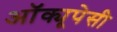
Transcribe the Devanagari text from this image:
अॉक्यूपेसी